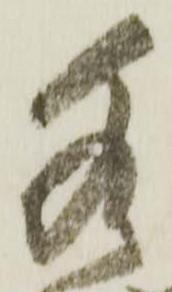
水